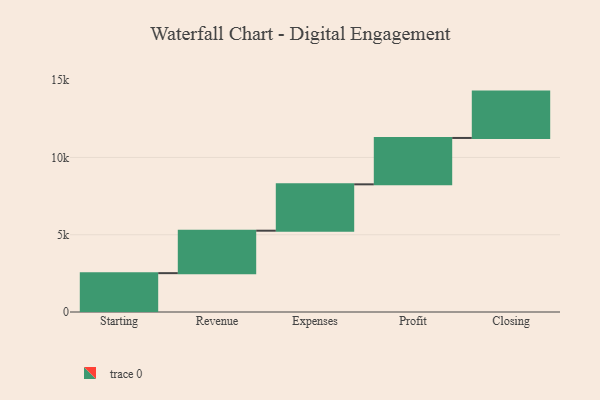
{"axis": {"x": "Step", "y": "Value"}, "legend": [""], "data": [{"x": "Starting", "y": 2514.0, "type": ""}, {"x": "Revenue", "y": 2747.0, "type": ""}, {"x": "Expenses", "y": 3000, "type": ""}, {"x": "Profit", "y": 3000, "type": ""}, {"x": "Closing", "y": 3000, "type": ""}]}